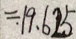
= 1 9 . 6 2 5